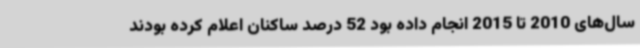
سال‌های 2010 تا 2015 انجام داده بود 52 درصد ساکنان اعلام کرده بودند